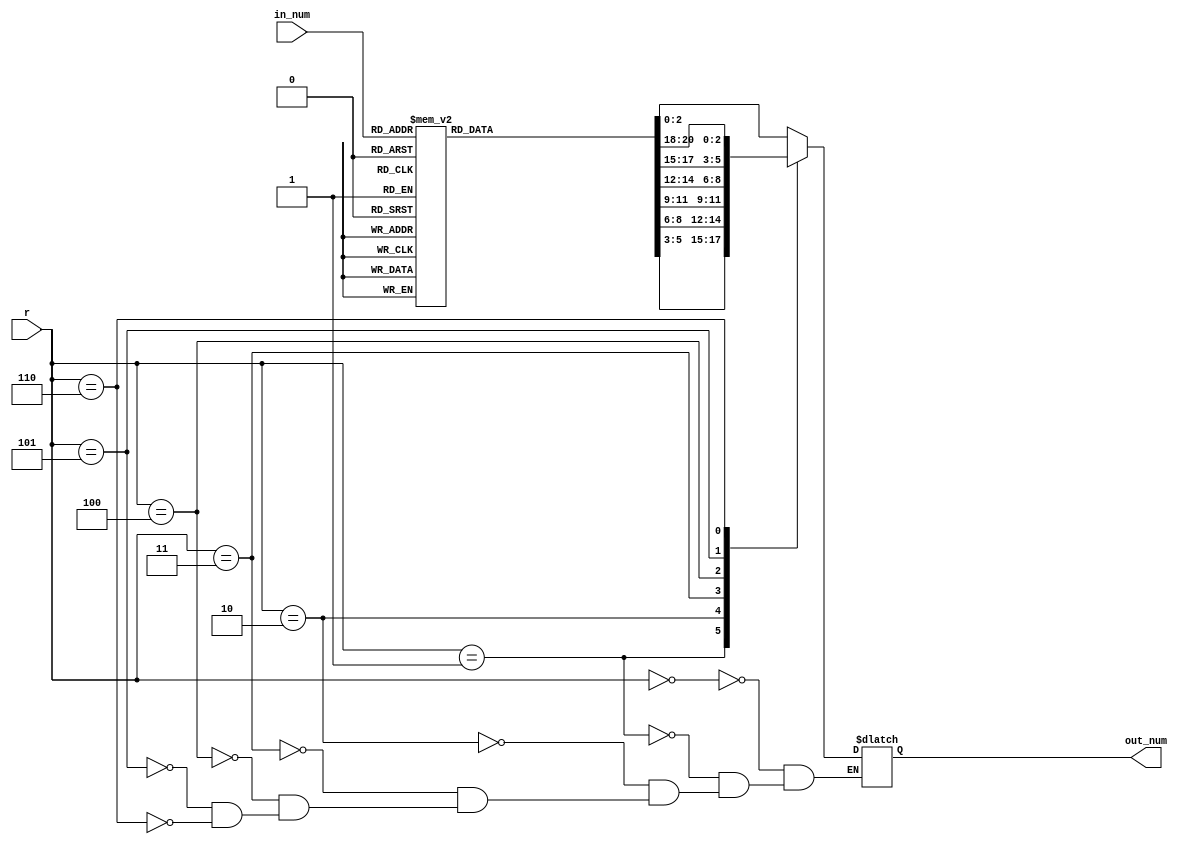
`timescale 1ns / 1ps
//////////////////////////////////////////////////////////////////////////////////
// Company: 
// Engineer: 
// 
// Design Name: 
// Module Name: word_bank
// Project Name: 
// Target Devices: 
// Tool Versions: 
// Description: 
// 
// Dependencies: 
// 
// Revision:
// Revision 0.01 - File Created
// Additional Comments:
// 
//////////////////////////////////////////////////////////////////////////////////

//HELLO WORLD
//HOW YOU DOIN
//HEY
//SUP
//gmorning
//what is life
//argggg
//I need h20

module word_bank(
input [2:0]r,
input [2:0]in_num,
output reg [2:0]out_num
    );
reg [20:0]bank;
localparam A=3'b000, B=3'b001, C=3'b010, D=3'b011, E=3'b100, F=3'b101, G=3'b110, H=3'b111;
always @(*)begin
case (in_num)
    A: bank= {B,C,D,E,F,G,H};
    B: bank= {A,C,D,E,F,G,H};
    C: bank= {A,B,D,E,F,G,H};
    D: bank= {A,B,C,E,F,G,H};
    E: bank= {A,B,C,D,F,G,H};
    F: bank= {A,B,C,D,E,G,H};
    G: bank= {A,B,C,D,E,F,H};
    H: bank= {A,B,C,D,E,F,G};
endcase
case (r)
    0: out_num <= bank[2:0];
    1: out_num <= bank[5:3];
    2: out_num <= bank[8:6];
    3: out_num <= bank[11:9];
    4: out_num <= bank[14:12];
    5: out_num <= bank[17:15];
    6: out_num <= bank[20:18];
endcase    
end
endmodule